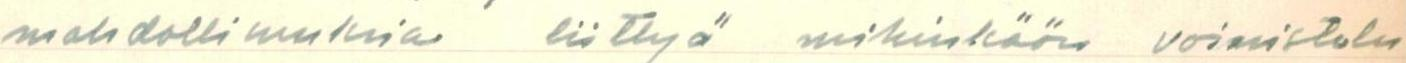
mahdollisuuksia liittyä mihinkään voimistelu